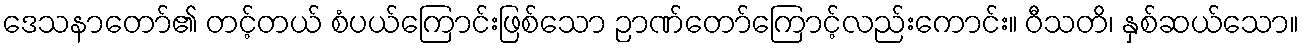
ဒေသနာတော်၏ တင့်တယ် စံပယ်ကြောင်းဖြစ်သော ဉာဏ်တော်ကြောင့်လည်းကောင်း။ ဝီသတိ၊ နှစ်ဆယ်သော။